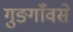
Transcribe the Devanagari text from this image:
गुङगाँवसे